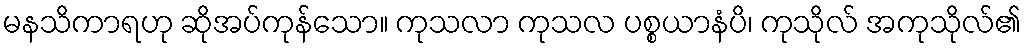
မနသိကာရဟု ဆိုအပ်ကုန်သော။ ကုသလာ ကုသလ ပစ္စယာနံပိ၊ ကုသိုလ် အကုသိုလ်၏